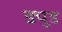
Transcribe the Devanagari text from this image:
ड्युड